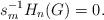
LaTeX: \begin{align*}s_{m}^{-1}H_{n}(G) = 0.\end{align*}